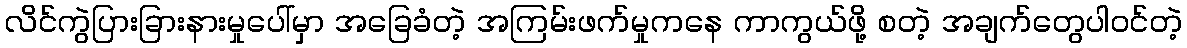
လိင်ကွဲပြားခြားနားမှုပေါ်မှာ အခြေခံတဲ့ အကြမ်းဖက်မှုကနေ ကာကွယ်ဖို့ စတဲ့ အချက်တွေပါဝင်တဲ့